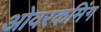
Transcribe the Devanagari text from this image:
ओवरकमिंग